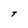
Character: t